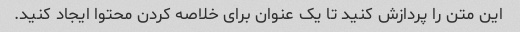
این متن را پردازش کنید تا یک عنوان برای خلاصه کردن محتوا ایجاد کنید.